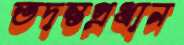
তদন্তপ্রধান